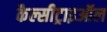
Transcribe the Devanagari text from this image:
कैल्सीट्राइऑल